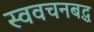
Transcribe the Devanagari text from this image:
स्ववचनबद्ध